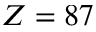
Z = 8 7